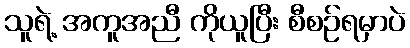
သူရဲ့ အကူအညီ ကိုယူပြီး စီစဉ်ရမှာပဲ